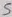
Text: 5